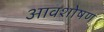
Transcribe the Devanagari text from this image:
आवशोषण